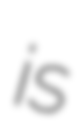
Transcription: is